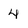
Character: 4